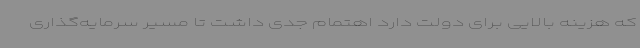
که هزینه بالایی برای دولت دارد اهتمام جدی داشت تا مسیر سرمایه‌گذاری